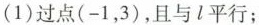
(1)过点(-1，3)，且与l平行；